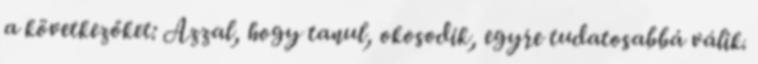
a következőket: Azzal, hogy tanul, okosodik, egyre tudatosabbá válik.